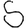
Digit: 5